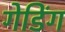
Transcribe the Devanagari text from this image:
गेडिंग